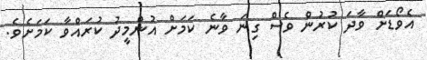
އެވޯޑަށް ވާދަ ކުރުން ވެސް ގިނަ ވާނެ ކަމަށް އުންމީދު ކުރައްވާ ކަމަށެވެ.